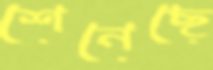
শেনেছে